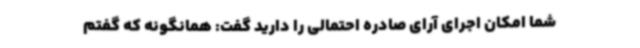
شما امکان اجرای آرای صادره احتمالی را دارید گفت: همانگونه که گفتم